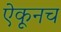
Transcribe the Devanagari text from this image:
ऐकूनच